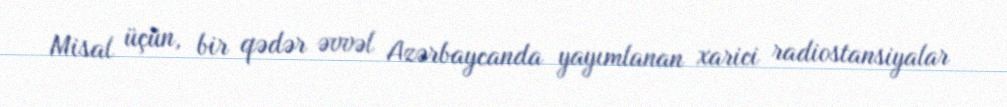
Misal üçün, bir qədər əvvəl Azərbaycanda yayımlanan xarici radiostansiyalar